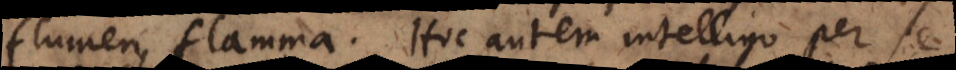
flumen, flamma. Hoc autem intelligo per se,